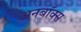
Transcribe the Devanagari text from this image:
अनबॉक्स